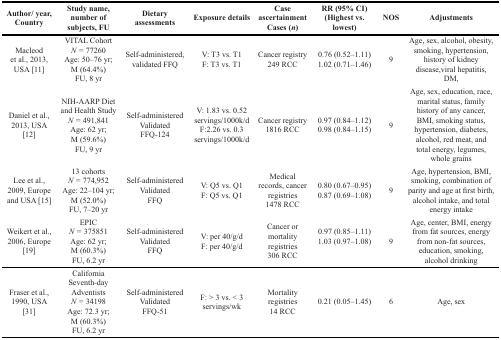
| Author/ year, Country | Study name, number of subjects, FU | Dietaryassessments | Exposure details | Case ascertainmentCases (n) | RR (95% CI)(Highest vs. lowest) | NOS | Adjustments |
 | --- | --- | --- | --- | --- | --- | --- | --- |
 | Macleod et al., 2013, USA [11] | VITAL CohortN = 77260Age: 50–76 yr;M (64.4%)FU, 8 yr | Self-administered, validated FFQ | V: T3 vs. T1F: T3 vs. T1 | Cancer registry249 RCC | 0.76 (0.52–1.11)1.02 (0.71–1.46) | 9 | Age, sex, alcohol, obesity, smoking, hypertension, history of kidney disease, viral hepatitis, DM, |
 | Daniel et al., 2013, USA [12] | NIH-AARP Diet and Health StudyN = 491,841Age: 62 yr;M (59.6%)FU, 9 yr | Self-administeredValidatedFFQ-124 | V: 1.83 vs. 0.52 servings/1000k/dF:2.26 vs. 0.3 servings/1000k/d | Cancer registry1816 RCC | 0.97 (0.84–1.12)0.98 (0.84–1.15) | 9 | Age, sex, education, race, marital status, family history of any cancer, BMI, smoking status, hypertension, diabetes, alcohol, red meat, and total energy, legumes, whole grains |
 | Lee et al., 2009, Europe and USA [15] | 13 cohortsN = 774,952Age: 22–104 yr;M (52.0%)FU, 7–20 yr | Self-administered ValidatedFFQ | V: Q5 vs. Q1F: Q5 vs. Q1 | Medical records, cancer registries1478 RCC | 0.80 (0.67–0.95)0.87 (0.69–1.08) | 9 | Age, hypertension, BMI, smoking, combination of parity and age at first birth, alcohol intake, and total energy intake |
 | Weikert et al., 2006, Europe [19] | EPICN = 375851Age: 62 yr;M (60.3%)FU, 6.2 yr | Self-administered ValidatedFFQ | V: per 40/g/dF: per 40/g/d | Cancer or mortality registries306 RCC | 0.97 (0.85–1.11)1.03 (0.97–1.08) | 9 | Age, center, BMI, energy from fat sources, energy from non-fat sources,education, smoking, alcohol drinking |
 | Fraser et al., 1990, USA [31] | California Seventh-dayAdventistsN = 34198Age: 72.3 yr;M (60.3%)FU, 6.2 yr | Self-administered ValidatedFFQ-51 | F: > 3 vs. < 3 servings/wk | Mortality registries14 RCC | 0.21 (0.05–1.45) | 6 | Age, sex |